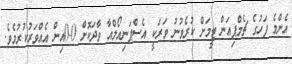
އެންމެ ފަހުގެ ޗެމްޕިއަން ޓީމަށް ކުރެވުނު ވަރަކީ އެސްޕަނިއޯލްއާ ވާދަކޮށް 0-0އިން އެއްވަރުކުރުމެވެ.